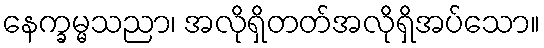
နေက္ခမ္မသညာ၊ အလိုရှိတတ်အလိုရှိအပ်သော။